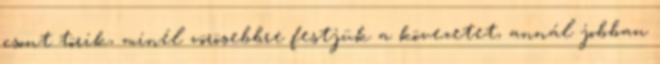
csont törik, minél vörösebbre festjük a kövezetet, annál jobban